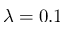
\lambda = 0 . 1